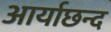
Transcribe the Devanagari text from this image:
आर्याछन्द